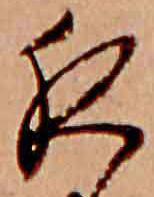
夜